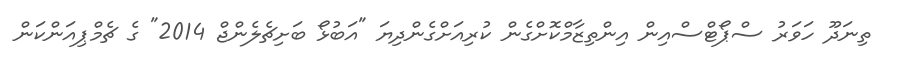
ތިނަދޫ ހަވަރު ސްޕޯޓްސްއިން އިންތިޒާމްކޮށްގެން ކުރިއަށްގެންދިޔަ "އަބުޅޯ ބަށިޗެލެންޖް 2014" ގެ ޗެމްޕިއަންކަން